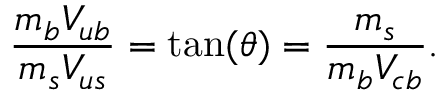
{ \frac { m _ { b } V _ { u b } } { m _ { s } V _ { u s } } } = \mathrm { t a n } ( \theta ) = { \frac { m _ { s } } { m _ { b } V _ { c b } } } .